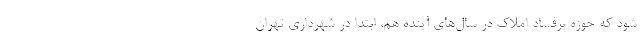
شود که حوزه پرفساد املاک در سال‌های آینده هم، ابتدا در شهرداری تهران